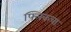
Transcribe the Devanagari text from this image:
फ्लिकचा